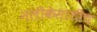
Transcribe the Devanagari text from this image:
नलीकेसाठीच